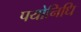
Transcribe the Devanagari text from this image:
पयोनिधि